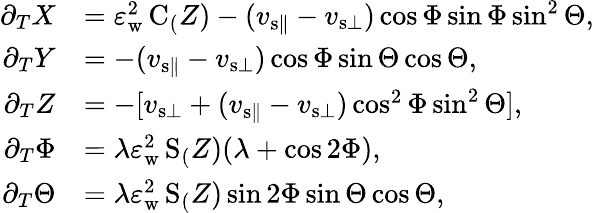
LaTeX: \begin{array}{rl}{\partial_{T}X}&{=\varepsilon_{\mathrm{w}}^{2}\, \mathrm{C}_(Z)-(v_{{\mathrm{s}}\parallel}-v_{{\mathrm{s}}\bot})\cos\Phi\sin\Phi\sin^{2}\Theta,}\\ {\partial_{T}Y}&{=-(v_{{\mathrm{s}}\parallel}-v_{{\mathrm{s}}\bot})\cos\Phi\sin\Theta\cos\Theta,}\\ {\partial_{T}Z}&{=-[v_{{\mathrm{s}}\bot}+(v_{{\mathrm{s}}\parallel}-v_{{\mathrm{s}}\bot})\cos^{2}\Phi\sin^{2}\Theta],}\\ {\partial_{T}\Phi}&{=\lambda\varepsilon_{\mathrm{w}}^{2}\, \mathrm{S}_(Z)(\lambda+\cos 2\Phi),}\\ {\partial_{T}\Theta}&{=\lambda\varepsilon_{\mathrm{w}}^{2}\, \mathrm{S}_(Z)\sin 2\Phi\sin\Theta\cos\Theta,}\end{array}